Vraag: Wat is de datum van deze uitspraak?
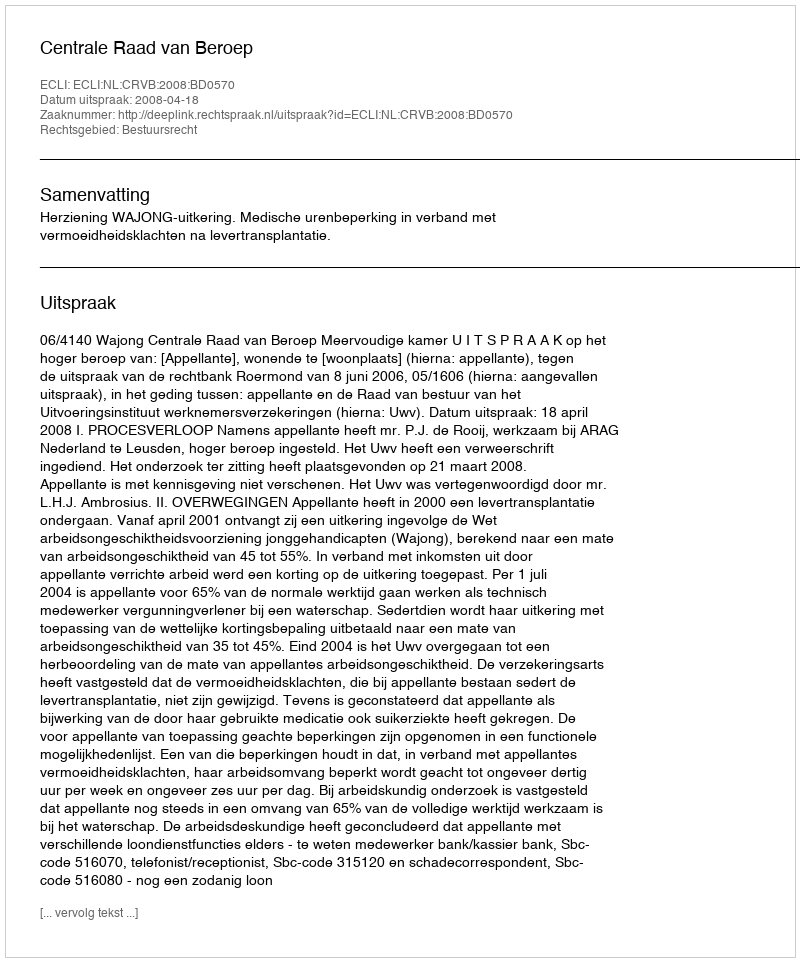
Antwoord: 2008-04-18